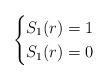
LaTeX: \begin{align*}\begin{cases}S_1(r)= 1&\\S_1(r)= 0 &\end{cases}\end{align*}